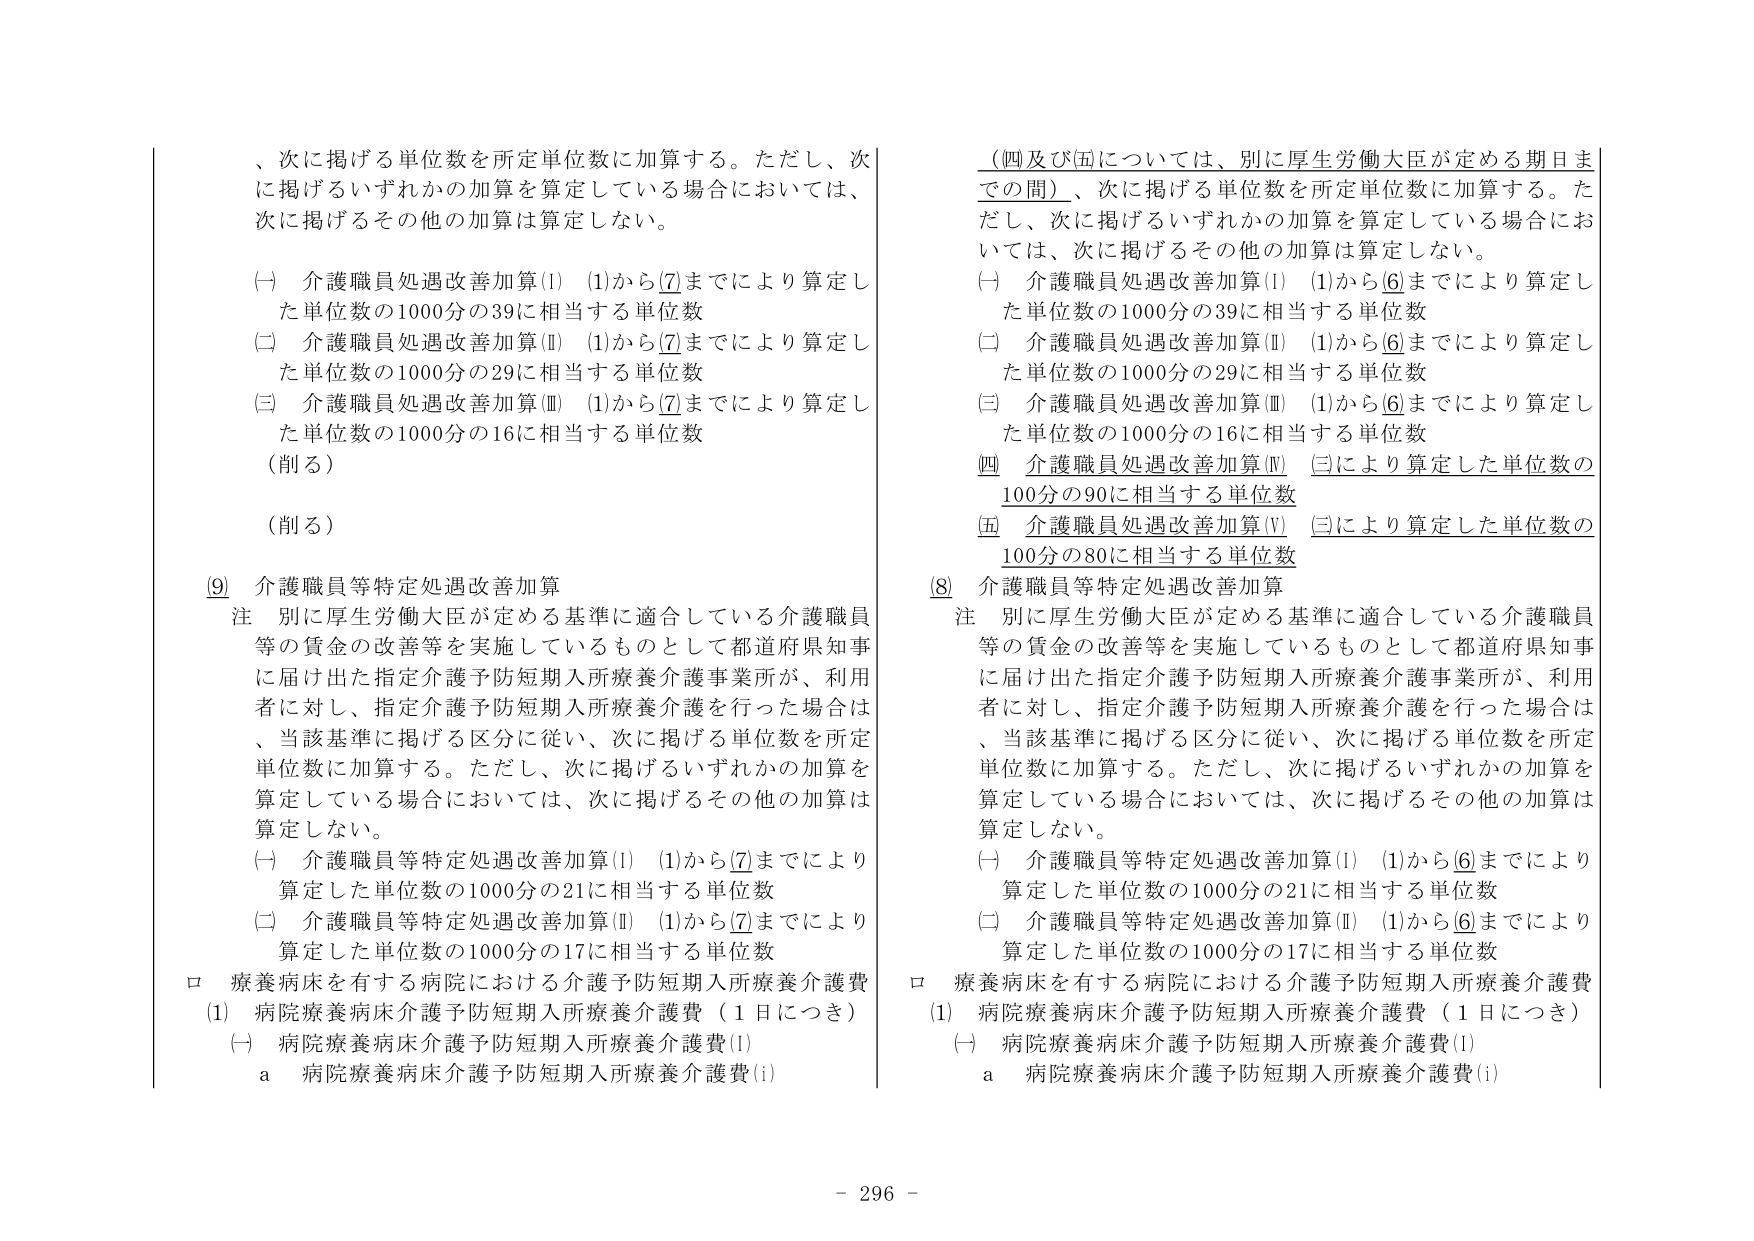
、次に掲げる単位数を所定単位数に加算する。ただし、次に掲げるいずれかの加算を算定している場合においては、次に掲げるその他の加算は算定しない。

(一) 介護職員処遇改善加算(I) (1)から[7]までにより算定した単位数の1000分の39に相当する単位数
(二) 介護職員処遇改善加算(II) (1)から[7]までにより算定した単位数の1000分の29に相当する単位数
(三) 介護職員処遇改善加算(III) (1)から[7]までにより算定した単位数の1000分の16に相当する単位数
（削る）
（削る）

[9] 介護職員等特定処遇改善加算
注 別に厚生労働大臣が定める基準に適合している介護職員等の賃金の改善等を実施しているものとして都道府県知事に届け出た指定介護予防短期入所療養介護事業所が、利用者に対し、指定介護予防短期入所療養介護を行った場合は、当該基準に掲げる区分に従い、次に掲げる単位数を所定単位数に加算する。ただし、次に掲げるいずれかの加算を算定している場合においては、次に掲げるその他の加算は算定しない。

(一) 介護職員等特定処遇改善加算(I) (1)から[7]までにより算定した単位数の1000分の21に相当する単位数
(二) 介護職員等特定処遇改善加算(II) (1)から[7]までにより算定した単位数の1000分の17に相当する単位数

ロ 療養病床を有する病院における介護予防短期入所療養介護費
(1) 病院療養病床介護予防短期入所療養介護費（1日につき）
(一) 病院療養病床介護予防短期入所療養介護費(I)
a 病院療養病床介護予防短期入所療養介護費(i)

（四及び五については、別に厚生労働大臣が定める期日までの間）、次に掲げる単位数を所定単位数に加算する。ただし、次に掲げるいずれかの加算を算定している場合においては、次に掲げるその他の加算は算定しない。

(一) 介護職員処遇改善加算(I) (1)から[6]までにより算定した単位数の1000分の39に相当する単位数
(二) 介護職員処遇改善加算(II) (1)から[6]までにより算定した単位数の1000分の29に相当する単位数
(三) 介護職員処遇改善加算(III) (1)から[6]までにより算定した単位数の1000分の16に相当する単位数
四 介護職員処遇改善加算(IV) (三)により算定した単位数の100分の90に相当する単位数
五 介護職員処遇改善加算(V) (三)により算定した単位数の100分の80に相当する単位数

[8] 介護職員等特定処遇改善加算
注 別に厚生労働大臣が定める基準に適合している介護職員等の賃金の改善等を実施しているものとして都道府県知事に届け出た指定介護予防短期入所療養介護事業所が、利用者に対し、指定介護予防短期入所療養介護を行った場合は、当該基準に掲げる区分に従い、次に掲げる単位数を所定単位数に加算する。ただし、次に掲げるいずれかの加算を算定している場合においては、次に掲げるその他の加算は算定しない。

(一) 介護職員等特定処遇改善加算(I) (1)から[6]までにより算定した単位数の1000分の21に相当する単位数
(二) 介護職員等特定処遇改善加算(II) (1)から[6]までにより算定した単位数の1000分の17に相当する単位数

ロ 療養病床を有する病院における介護予防短期入所療養介護費
(1) 病院療養病床介護予防短期入所療養介護費（1日につき）
(一) 病院療養病床介護予防短期入所療養介護費(I)
a 病院療養病床介護予防短期入所療養介護費(i)

- 296 -